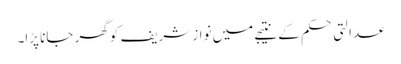
عدالتی حکم کے نتیجے میں نواز شریف کو گھر جانا پڑا۔